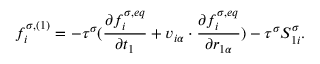
f _ { i } ^ { \sigma , ( 1 ) } = - \tau ^ { \sigma } ( \frac { \partial f _ { i } ^ { \sigma , e q } } { \partial t _ { 1 } } + v _ { i \alpha } \cdot \frac { \partial f _ { i } ^ { \sigma , e q } } { \partial r _ { 1 \alpha } } ) - \tau ^ { \sigma } S _ { 1 i } ^ { \sigma } .